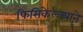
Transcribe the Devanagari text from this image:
फिसिकेल्ल्याने